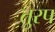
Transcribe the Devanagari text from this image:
तुरप